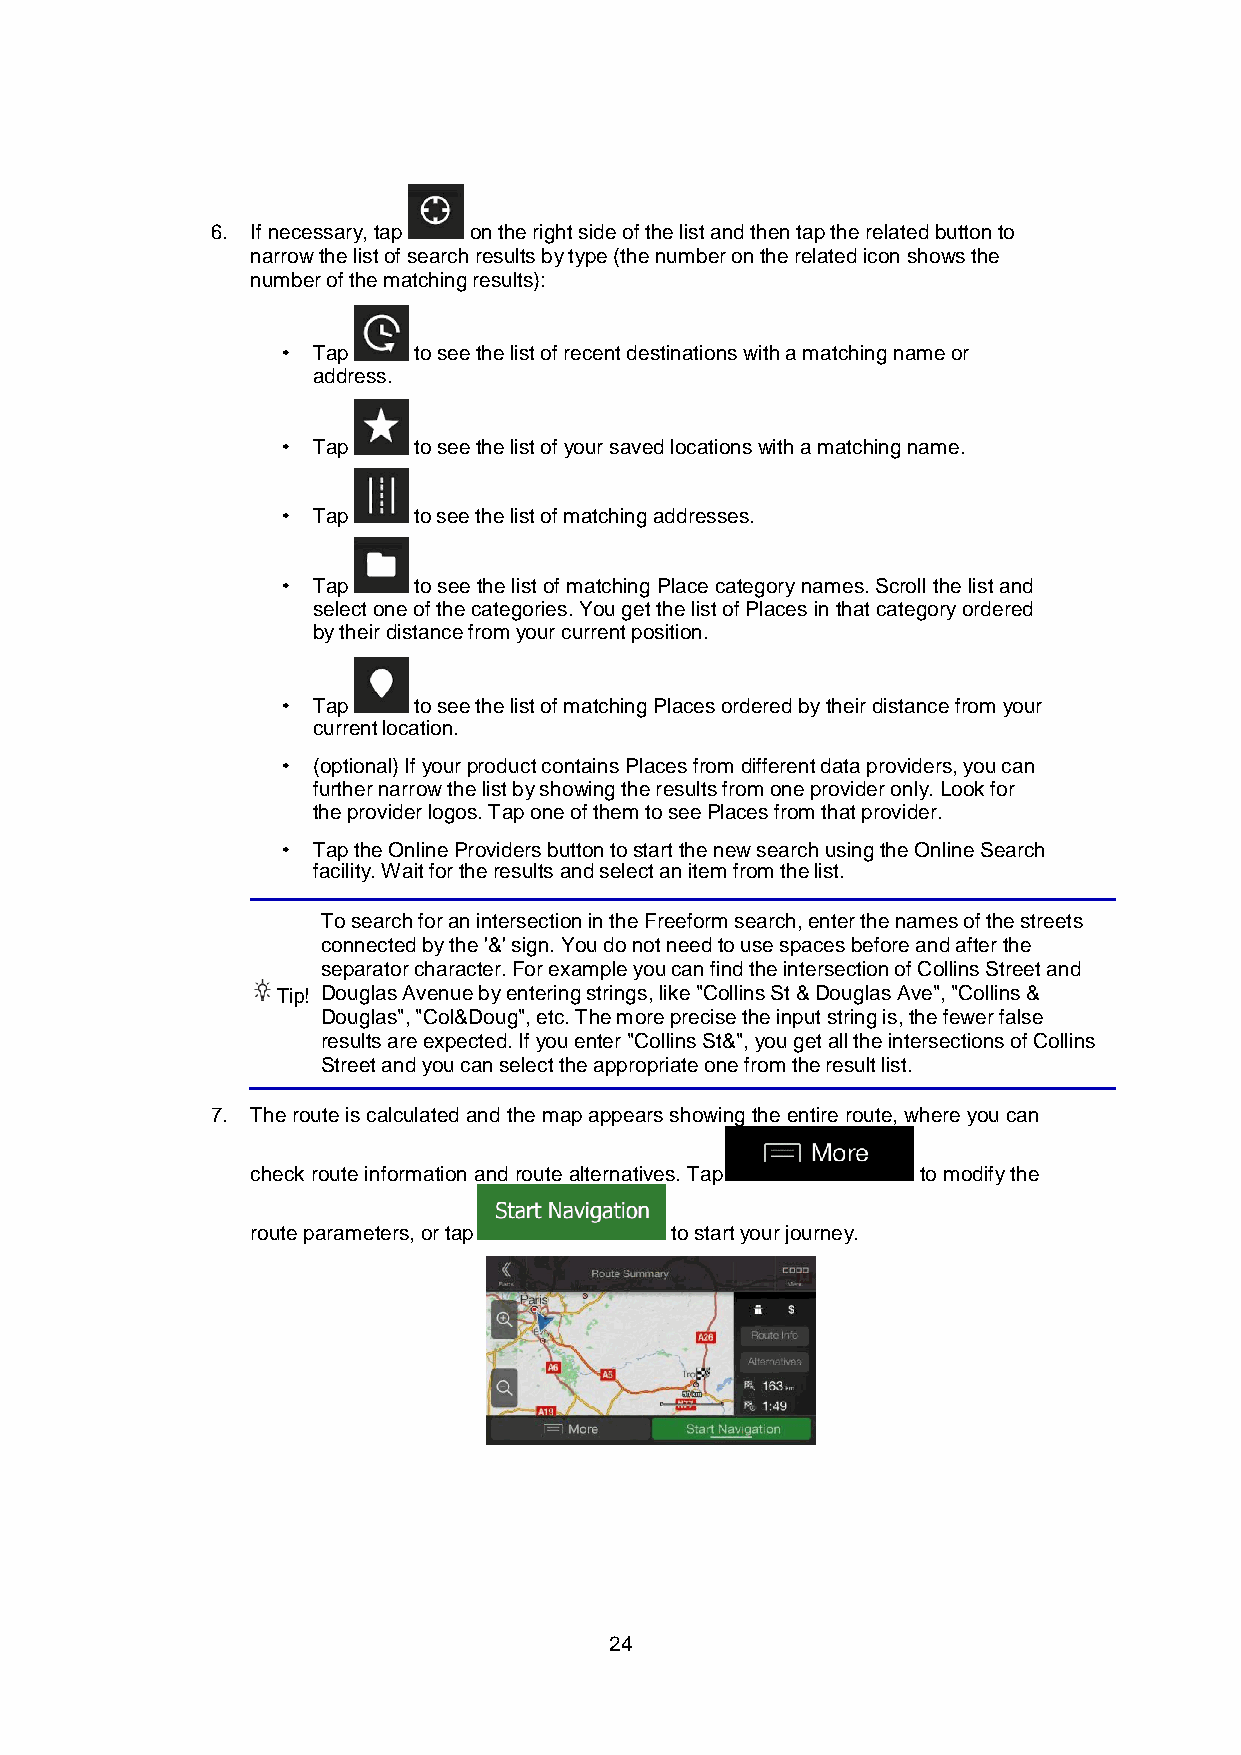
6. If necessary, tap on the right side of the list and then tap the related button to
 narrow the list of search results by type (the number on the related icon shows the
 number of the matching results):
 Tap   to see the list of recent destinations with a matching name or
 address.
 Tap   to see the list of your saved locations with a matching name.
 Tap   to see the list of matching addresses.
 Tap   to see the list of matching Place category names. Scroll the list and
 select one of the categories. You get the list of Places in that category ordered
 by their distance from your current position.
 Tap   to see the list of matching Places ordered by their distance from your
 current location.
 (optional) If your product contains Places from different data providers, you can
 further narrow the list by showing the results from one provider only. Look for
 the provider logos. Tap one of them to see Places from that provider.
 Tap the Online Providers button to start the new search using the Online Search
 facility. Wait for the results and select an item from the list.
 To search for an intersection in the Freeform search, enter the names of the streets
 connected by the '&' sign. You do not need to use spaces before and after the
 separator character. For example you can find the intersection of Collins Street and
 Tip! Douglas Avenue by entering strings, like "Collins St & Douglas Ave", "Collins &
 Douglas", "Col&Doug", etc. The more precise the input string is, the fewer false
 results are expected. If you enter "Collins St&", you get all the intersections of Collins
 Street and you can select the appropriate one from the result list.
 7. The route is calculated and the map appears showing the entire route, where you can
 check route information and route alternatives. Tap to modify the
 route parameters, or tap   to start your journey.
 24